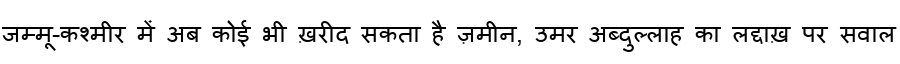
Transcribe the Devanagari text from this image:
जम्मू-कश्मीर में अब कोई भी ख़रीद सकता है ज़मीन, उमर अब्दुल्लाह का लद्दाख़ पर सवाल